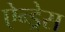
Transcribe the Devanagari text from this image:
ऐन्‍ड्रेस